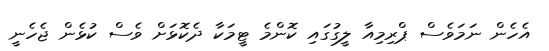
އެހެން ނަމަވެސް ޕްރިމިއާ ލީގުގައި ކޮންމެ ޓީމަކާ ދެކޮޅަށް ވެސް ކުޅެން ޖެހެނީ